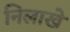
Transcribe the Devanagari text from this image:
निलाखे